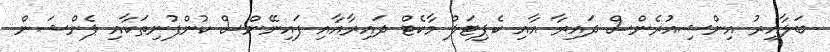
ބަލާއިރު އިންޝިއުރެންސް ދައިރާ އާއި ކެޕިޓަލް މާކެޓް ދައިރާއާއި ފައިނޭންސް ކުންފުނިތަކާއި ޕެންޝަން